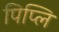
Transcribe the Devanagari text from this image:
पिप्लि